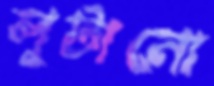
লুটানো